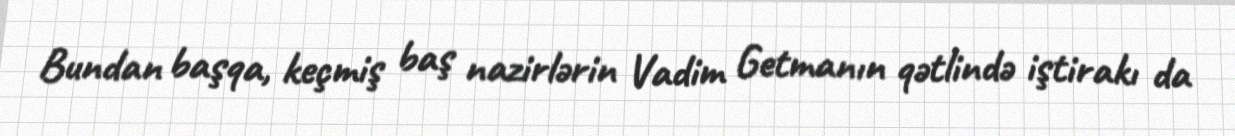
Bundan başqa, keçmiş baş nazirlərin Vadim Getmanın qətlində iştirakı da